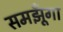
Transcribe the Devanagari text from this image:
समझूँगा